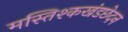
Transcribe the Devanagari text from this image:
मस्तिश्कखंडछेदन